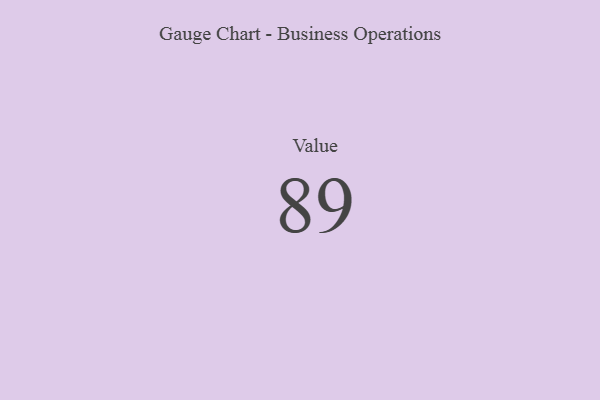
{"axis": {"x": "Metric", "y": "Value"}, "legend": [""], "data": [{"x": "Value", "y": 89, "type": ""}]}